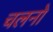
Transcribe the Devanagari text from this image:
चलनो